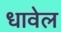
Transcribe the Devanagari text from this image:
धावेल